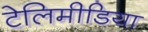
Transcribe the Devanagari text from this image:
टेलिमीडिया